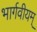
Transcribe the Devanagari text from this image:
भार्गवीयम्